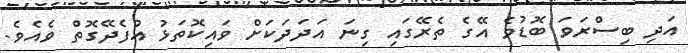
އަދި ބިސްރަވަ ބޮޑުވެ އޭގެ ތެރޭގައި ގިނަ އަދަދަކަށް ވައިކޮތަޅު އުފެދޭގޮތް ވެއެވެ.